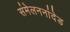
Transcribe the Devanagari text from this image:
संमेलननांदेड